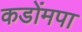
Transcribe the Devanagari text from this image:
कडोंमपा